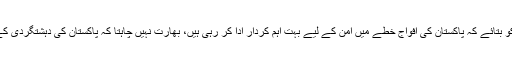
امریکہ کو چاہیے کہ وہ انڈیا کو بتائے کہ پاکستان کی افواج خطے میں امن کے لیے بہت اہم کردار ادا کر رہی ہیں، بھارت نہیں چاہتا کہ پاکستان کی دہشتگردی کے خلاف کوششیں کامیاب ہوں۔